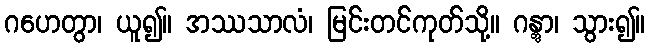
ဂဟေတွာ၊ ယူ၍။ အဿသာလံ၊ မြင်းတင်ကုတ်သို့။ ဂန္တွာ၊ သွား၍။